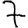
Digit: 7